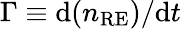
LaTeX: \Gamma\equiv\mathrm{d}(n_{\mathrm{RE}})/\mathrm{d}t